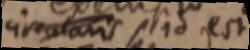
circularis et ad est